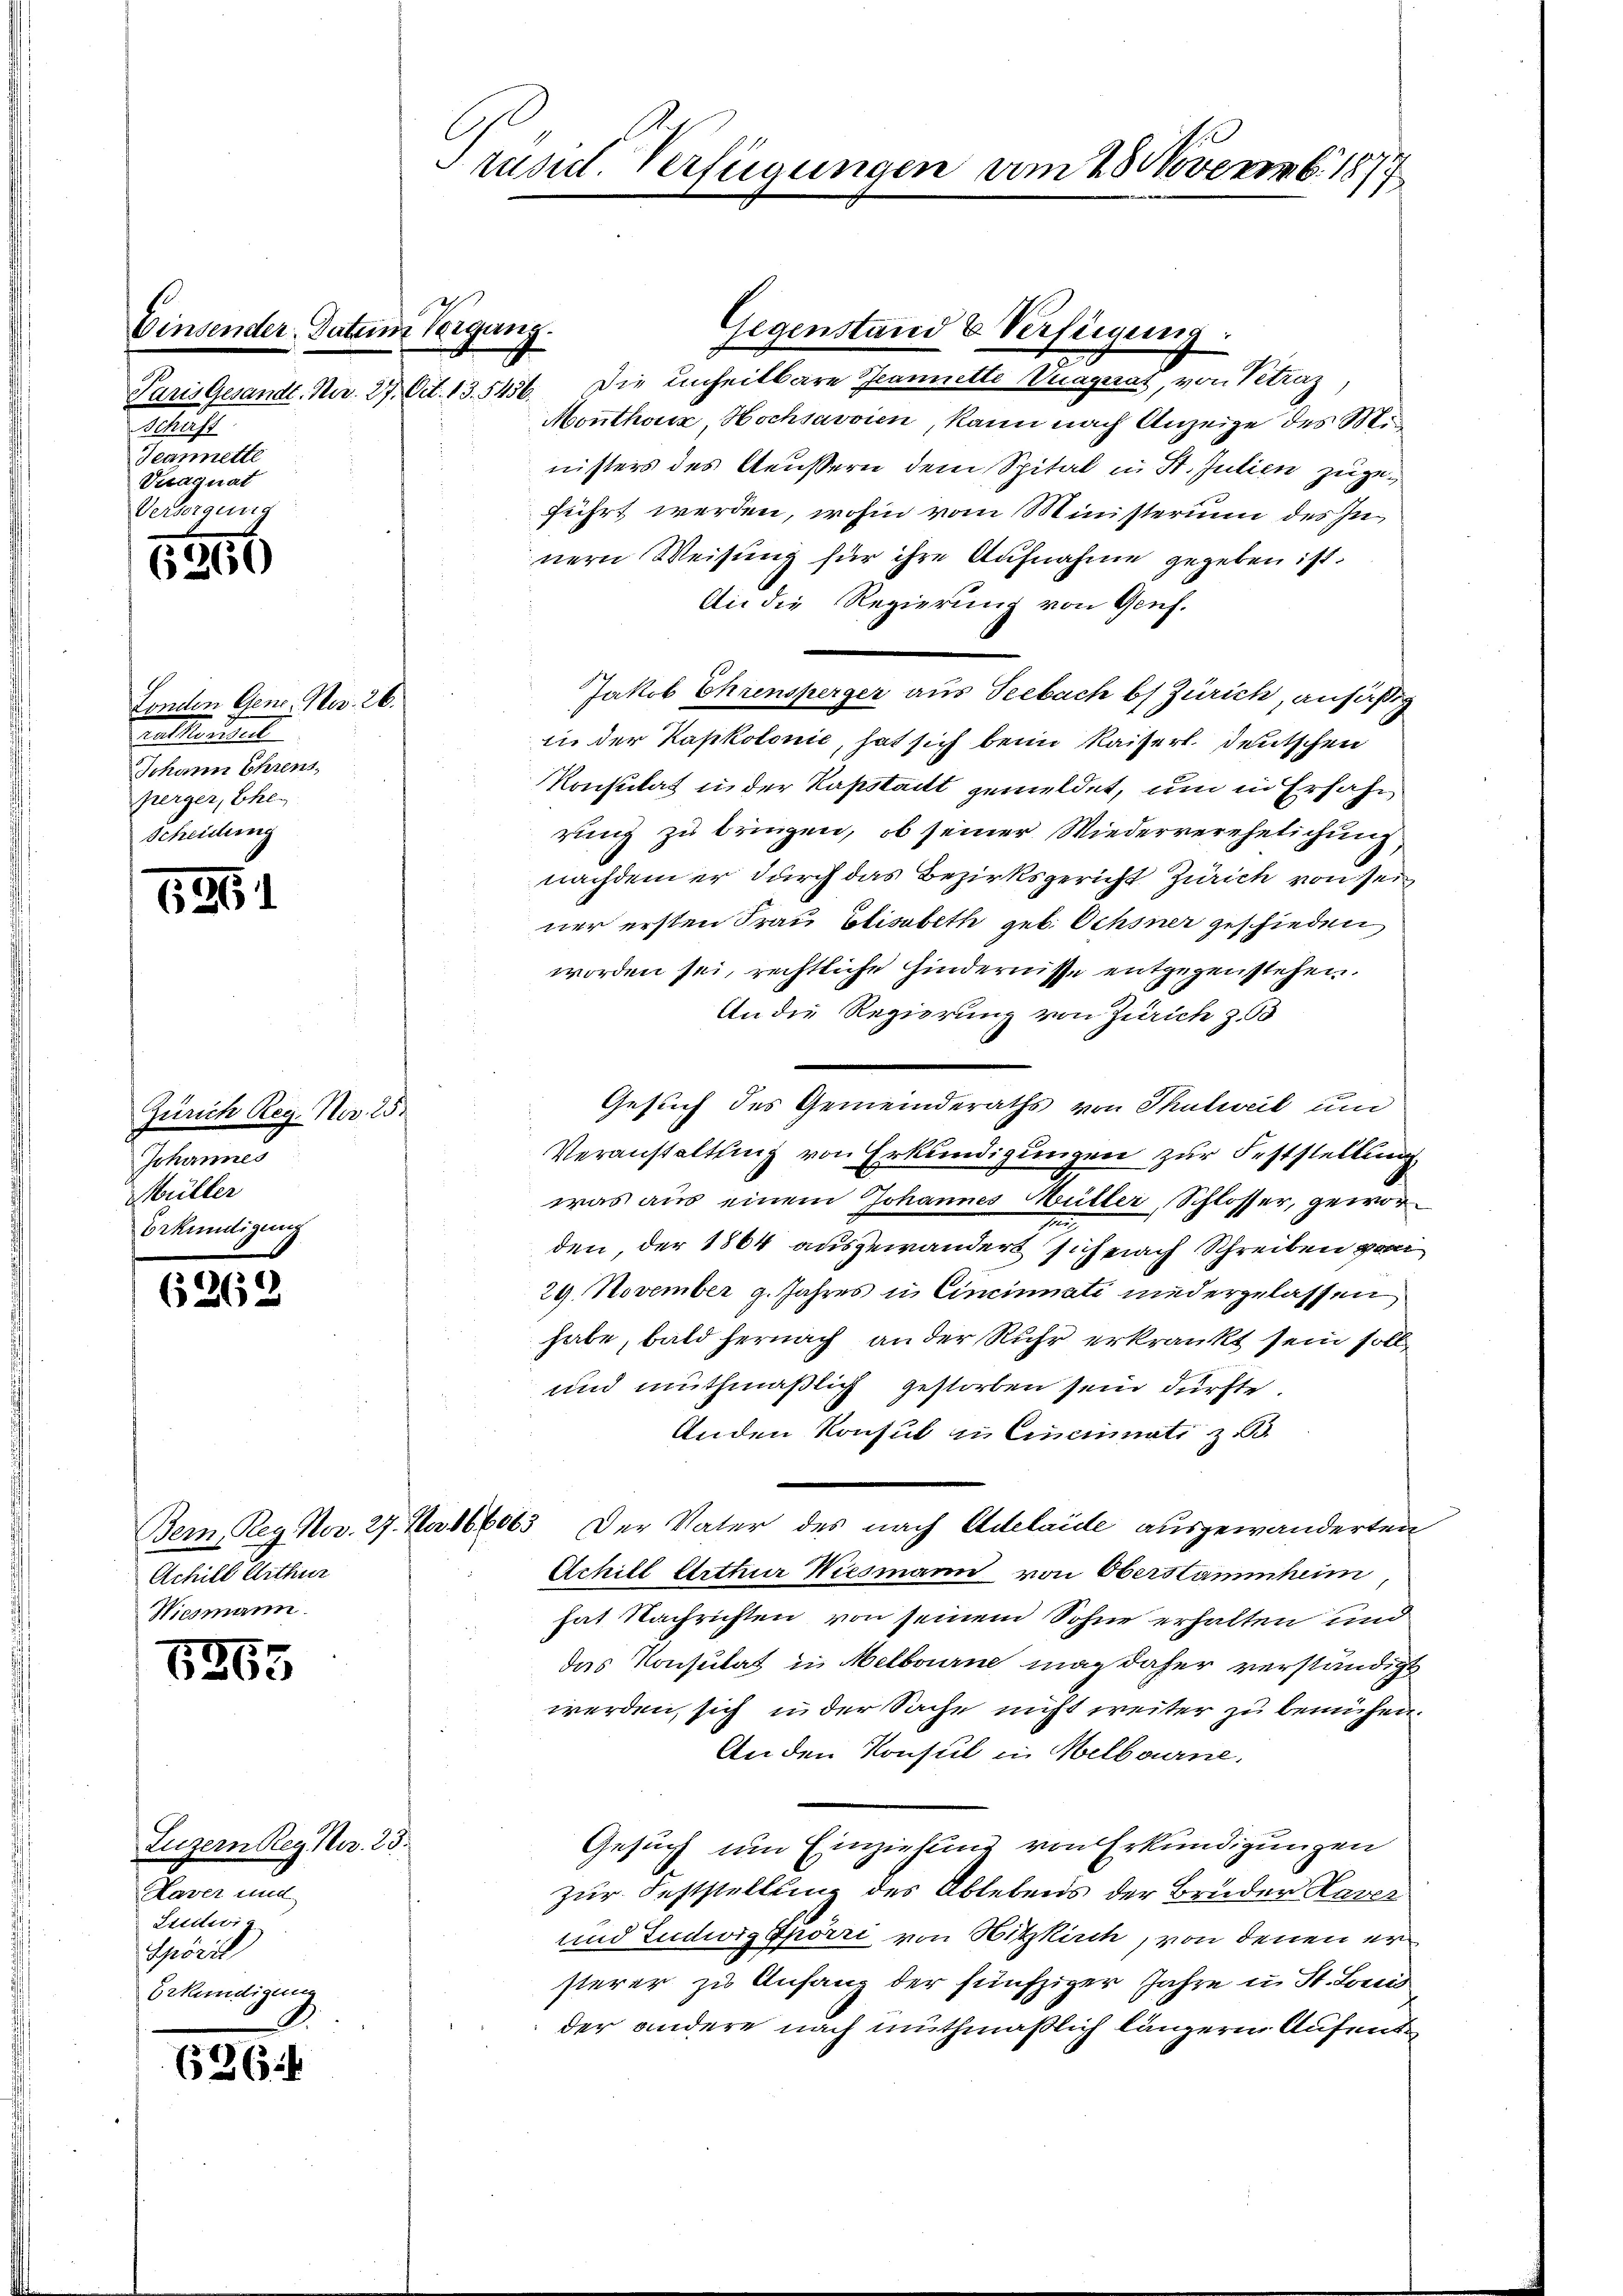
Schaff
Searette
Veagnat
Versorgung

1550

Londen Gene. Nov. 26.
en Mauer
Johann Ehrens,
perger, Ehe
Scheidung

1526

Zürich Reg. Nov. 25.
Johannes
Müller
bekundigung

6262

1865

626

Einsender Datein Neigung.

Prust. Verfügungen vom 28. Novemb. 1877

Gegenstand & Verfügung.
Paris Gesandt. Nur. 27. Oct. 13. 5456. Die Einheitbare Jeannette Vuaguat, von Petraz
Monthonis, Hochsavvien, kann nach Anzeige des Min
nisters des Aeußern dem Spital in St. Julien zugeführt werden, wohin vom Ministerium des In
nern Weisung für ihre Aufnahme gegeben ist.
An die Regierung von Genf.
Jakob Ehrensperger aus Seebach b) Zürich, ansäßig
in der Kapkolonić, hat sich beim Kaisert deutschen
Konsulat in der Kapstait gemeldet, um in Erfahr
rung zu bringen, ob seiner Wiederverehelichung,
nachdem er durch das Bezirksgericht Zürich von seiner ersten Frau Elisabeth geb. Ochsner geschieden,
worden sei, rechtliche Hindernisse entgegenstehen.
An die Regierung von Zürich z. 63
Gesuch des Gemeinderaths von Thulweil und
Veranstaltung von Erkundigungen zur Feststellung
was aus einem Johannes Müller, Schlosser, gewor¬
2
den, der 1864 ausgewandert sich nach Schreiben von
29. November 9. Jahres in Cincinnati niedergelassen
habe, bald hernach an der Ruhr erkrankt sein soll
und muthmaßlich gestorben sein dürfte.
Anden Konsul in Cincinati z
Bern, Reg. Nov. 27. Na 166663. Der Vater des nach Adelaide ausgewanderten
Achill Arthur Wiesmann von Oberstammheim
hat Nachrichten von seinem Sohne erhalten und
das Konsulat in Melbourne mag daher verständigt
werden, sich in der Sache nicht weiter zu bemühen.
An den Konsul in Melbourne,
Gesuch um Einziehung von Erkundigungen
zur Feststellung des Ablebens der Bruder Haver
und Ludwig Spörri von Hitzkirch, von denen er
sterer zu Anfang der fünfziger Jahre u. St. Louis
der andere nach muthmaßlich längern Aufent¬

Achill Arthur
Wiesmann.

Luzern Reg. Nr. 25.
Daver und
Licitwi
Spöril
Bekendigung